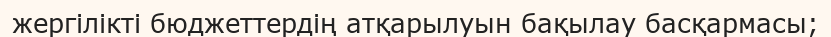
жергілікті бюджеттердің атқарылуын бақылау басқармасы;